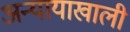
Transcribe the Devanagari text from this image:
अन्यायाखाली